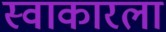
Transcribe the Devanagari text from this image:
स्वाकारला